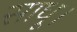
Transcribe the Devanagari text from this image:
साधू।